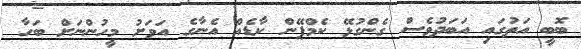
ބޮބީ އަތުގައި އަބަދުވެސް ގެންގުޅޭ ކެމްޕޭން ކާޑެއް އެނާގެ އަވަށު މީހުންނަށް ބަހާ